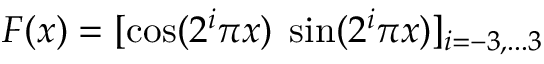
F ( x ) = [ \cos ( 2 ^ { i } \pi x ) \; \sin ( 2 ^ { i } \pi x ) ] _ { i = - 3 , . . . 3 }